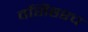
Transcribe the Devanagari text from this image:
वसिष्ठश्च